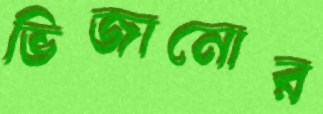
ভিজানোর